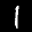
Label: 1